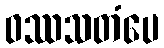
ဝဿသတံပေ